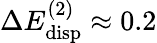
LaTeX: \Delta E_{\mathrm{disp}}^{(2)}\approx 0.2